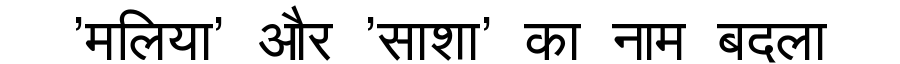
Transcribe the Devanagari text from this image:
'मलिया' और 'साशा' का नाम बदला